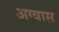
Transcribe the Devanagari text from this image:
अग्वास